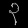
Digit: ၃